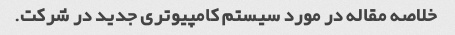
خلاصه مقاله در مورد سیستم کامپیوتری جدید در شرکت.